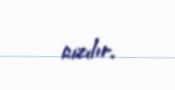
cızılır.